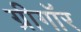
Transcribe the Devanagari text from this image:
ग्रीगॉर